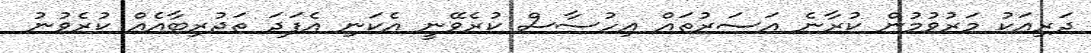
ދަރިއަކު މަރުވުމުން ކުރާނެ އަސަރުތައް އިހުސާސް ކުރެވޭނީ އެކަނި އެފަދަ ތަޖުރިބާއެއް ކުރެވުނު